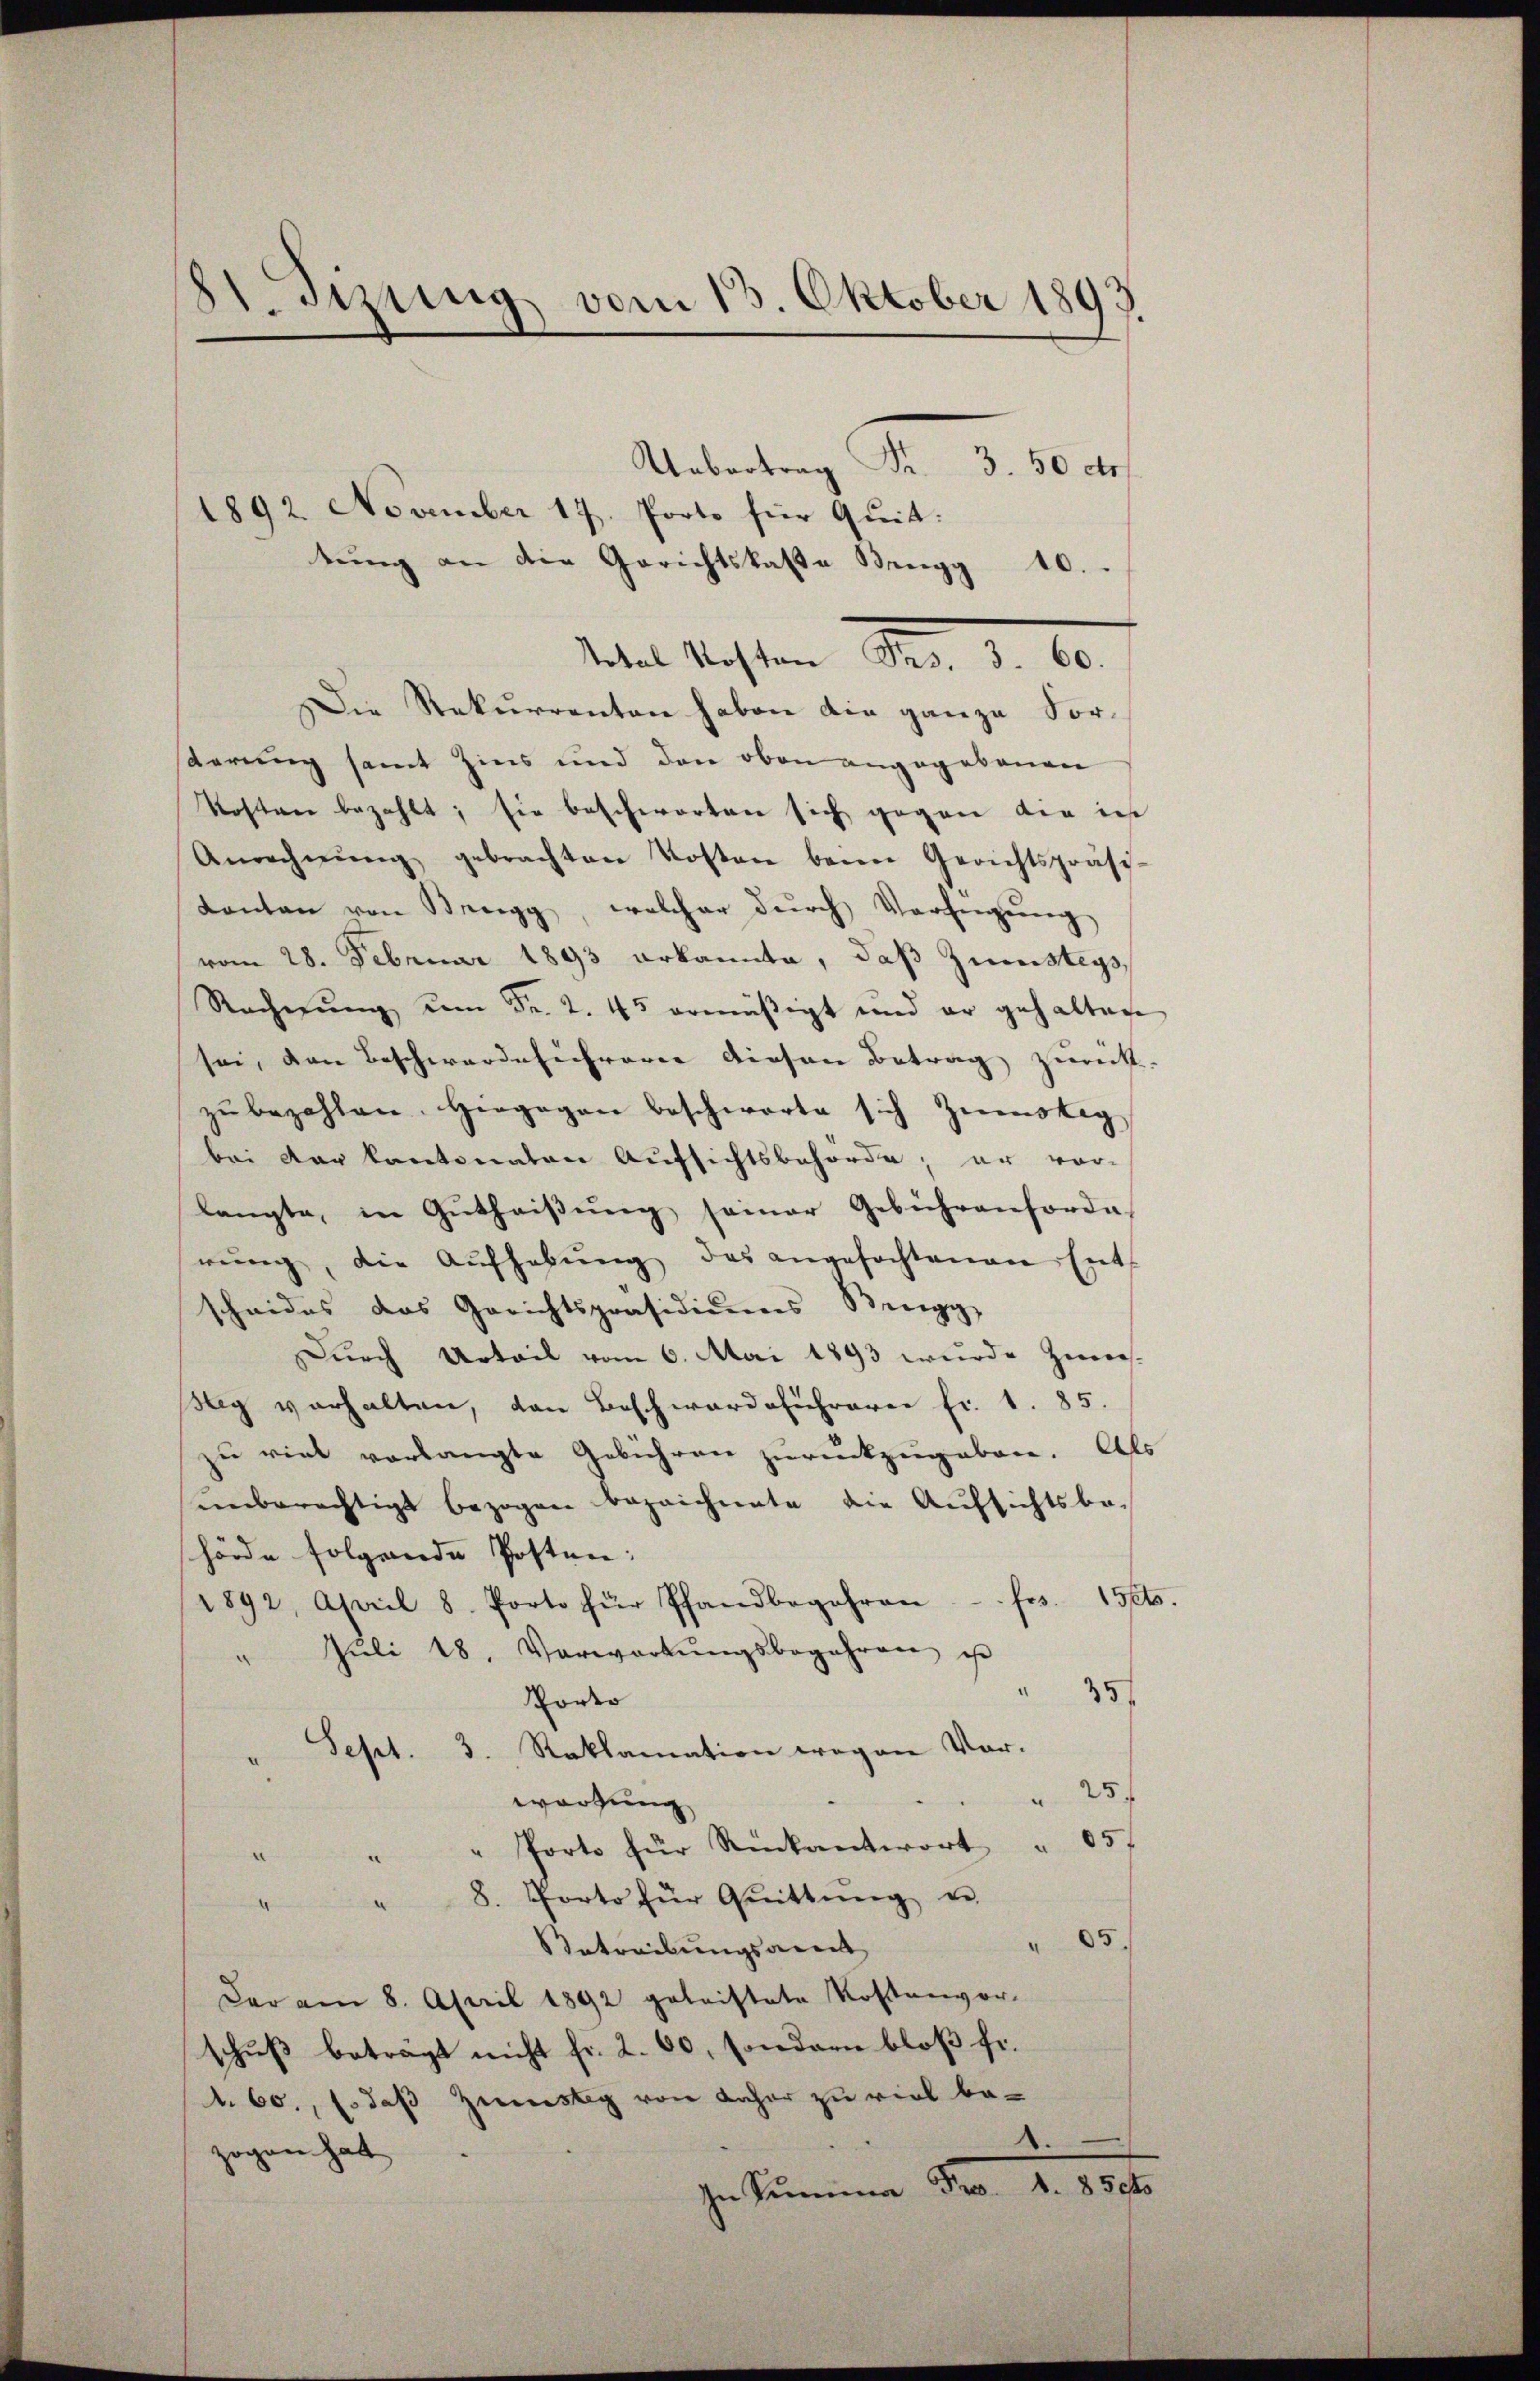
STizung vom 13. Oktober 1893
Uebertrag Fr. 3. 50 dr

1892. November 17. Porto für Quit:
tŭng an die Gerichtskaste Brugg 10.
Iter Kosten Dr. d. 10.
Die Rekurrenten haben die ganze Forsterung samt Zins und den oben angegebenen
Kosten bezahlt; sie beschworten sich gegen die in
Anrechnŭng gebrachten Kosten beim Gerichtspräsi-
Kanton von Bregg, welcher dŭrch Verfügŭng
vom 28. Februar 1893 erkannte, daß Zumsteys,
Rechnŭng um Fr. 2. 45 ermäßigt und er gehalten
sei, den Beschwerde sicherer diesen Betrag zurück.
zŭ bezahlen. Hergegen beschworte sich Zuerstag
bei der kantonaten Aufsichtsbehörde; er vor-
langte, in Gŭthaiβŭng seiner Gebührenforde-
rŭng, die Aŭfhebŭng des angefochtenen Ents
scheides das Gerichtspräsidiums Brugg
Durch Urteil vom 6. Mai 1893 wurde zuers-
sy verhalten, von Beschwerdeführerer fr. 1. 85.
zu viel vorlangte Gebühren zurückzugeben. Als
unberechtigt bezogen bezeichnete die Aufsichtsbehörde folgende Posten:
1892 April 8. Porto für Pfandbegehren - frs. 15 t.
" Jŭli 18. Vorwortŭngsbegehren ist
35
Porto
Sept. 3. Reklamation wegen Vor-
5.
wortung
15.
" Porte für Rückantwort
" 8. Porto für Quittung er
4
" 85.
Betreibungsart
Der am 8. April 1892 geleistete Kostenvor-
schuß beträgt nicht fr. 2. 60, sondern bloß fr.
1. 60., s. daß Zustig von daher zu viel bezogen hat
Ie Summe der 1. 189